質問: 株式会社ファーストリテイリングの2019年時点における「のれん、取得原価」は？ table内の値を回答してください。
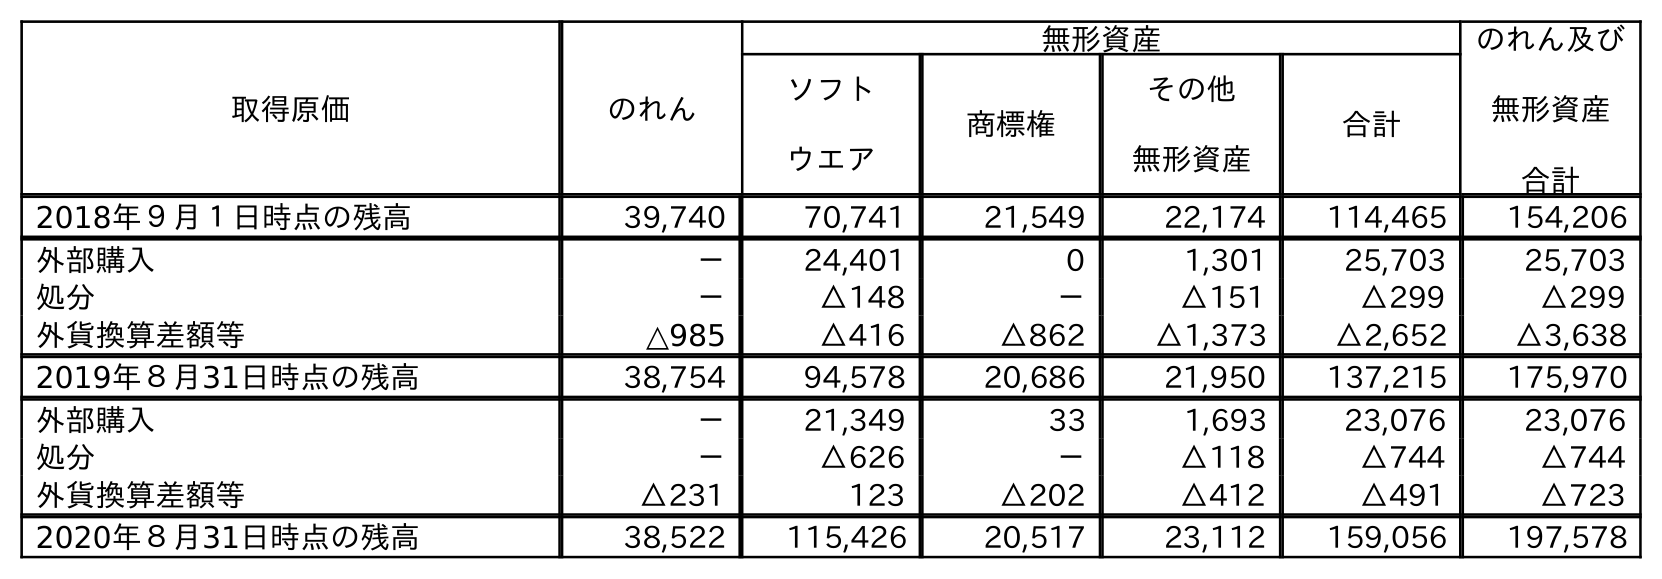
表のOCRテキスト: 取得原価 のれん 無形資産 のれん及び 無形資産 合計 ソフト ウエア 商標権 その他 無形資産 合計 2018年９月１日時点の残高 39,740 70,741 21,549 22,174 114,465 154,206 外部購入 － 24,401 0 1,301 25,703 25,703 処分 － △148 － △151 △299 △299 外貨換算差額等 △985 △416 △862 △1,373 △2,652 △3,638 2019年８月31日時点の残高 38,754 94,578 20,686 21,950 137,215 175,970 外部購入 － 21,349 33 1,693 23,076 23,076 処分 － △626 － △118 △744 △744 外貨換算差額等 △231 123 △202 △412 △491 △723 2020年８月31日時点の残高 38,522 115,426 20,517 23,112 159,056 197,578
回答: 38,754